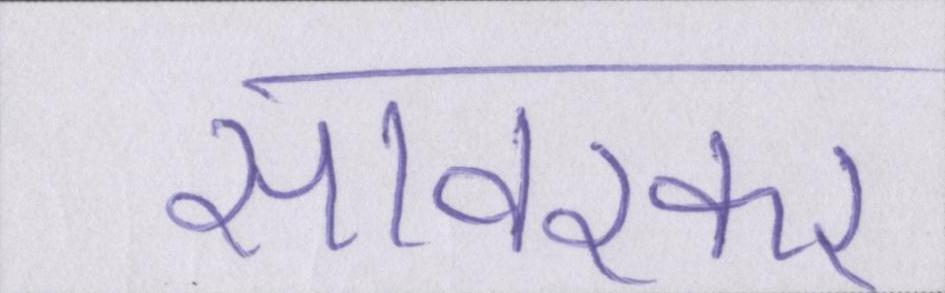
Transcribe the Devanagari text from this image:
सावरकर